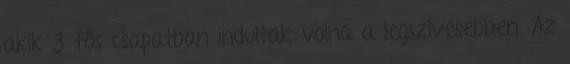
akik 3 fős csapatban indultak volna a legszívesebben. Az